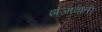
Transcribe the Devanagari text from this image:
झंजावाती